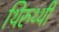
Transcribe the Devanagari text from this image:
थिरुथ्थी